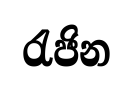
රැජින